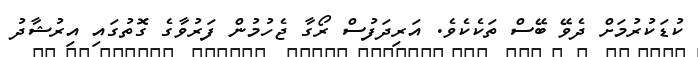
ކުޑަކުރުމަށް ދެވޭ ބޭސް ތަކެކެވެ. އަރިދަފުސް ރޯގާ ޖެހުމުން ފަރުވާގެ ގޮތުގައި އިރުޝާދު